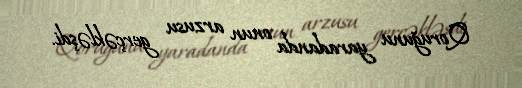
Qoruğunu yaradanda onun arzusu gerçəkləşdi.